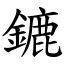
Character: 鏕